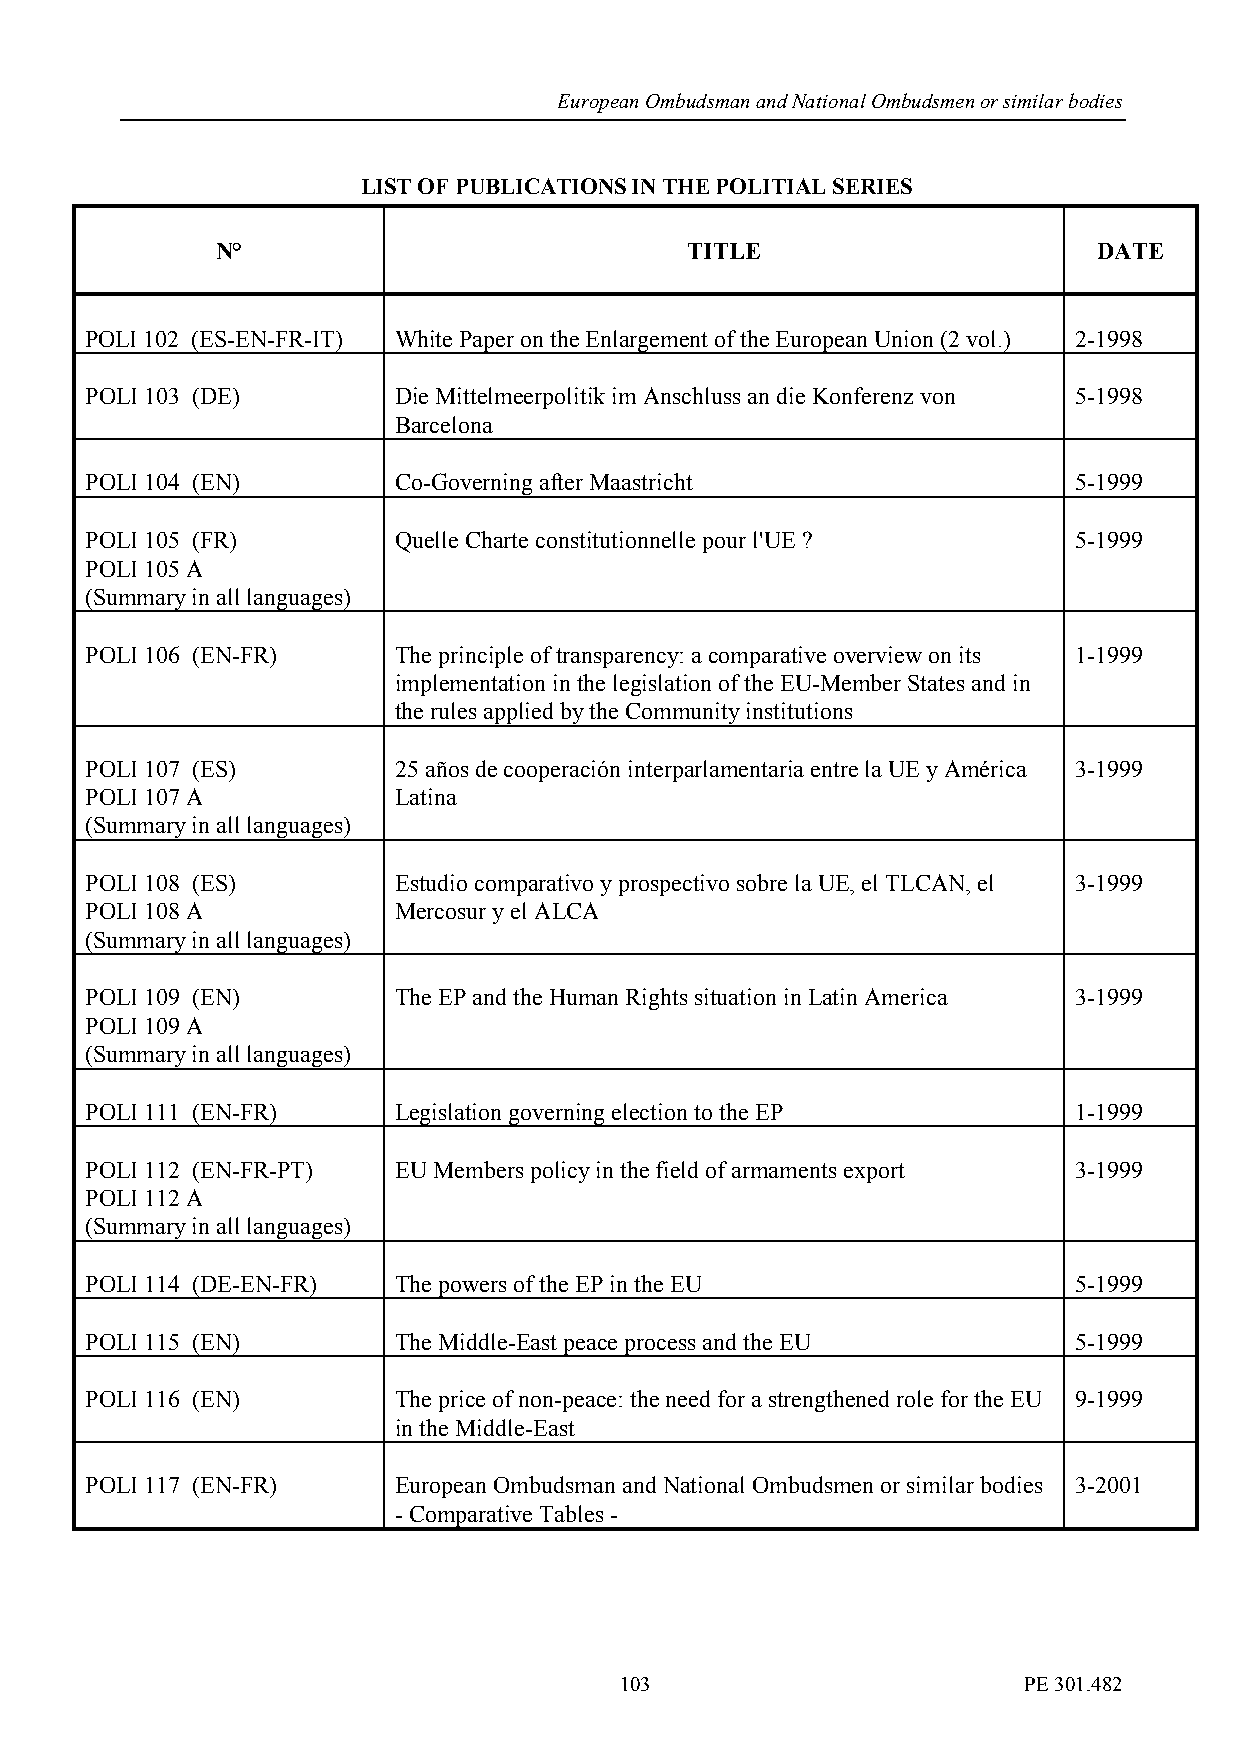
European Ombudsman and National Ombudsmen or similar bodies
 LIST OF PUBLICATIONS IN THE POLITIAL SERIES
 N°                             TITLE                       DATE
 POLI 102 (ES-EN-FR-IT) White Paper on the Enlargement of the European Union (2 vol.) 2-1998
 POLI 103 (DE)       Die Mittelmeerpolitik im Anschluss an die Konferenz von 5-1998
 Barcelona
 POLI 104 (EN)       Co-Governing after Maastricht                5-1999
 POLI 105 (FR)       Quelle Charte constitutionnelle pour l'UE ?  5-1999
 POLI 105 A
 (Summary in all languages)
 POLI 106 (EN-FR)    The principle of transparency: a comparative overview on its 1-1999
 implementation in the legislation of the EU-Member States and in
 the rules applied by the Community institutions
 POLI 107 (ES)       25 años de cooperación interparlamentaria entre la UE y América 3-1999
 POLI 107 A          Latina
 (Summary in all languages)
 POLI 108 (ES)       Estudio comparativo y prospectivo sobre la UE, el TLCAN, el 3-1999
 POLI 108 A          Mercosur y el ALCA
 (Summary in all languages)
 POLI 109 (EN)       The EP and the Human Rights situation in Latin America 3-1999
 POLI 109 A
 (Summary in all languages)
 POLI 111 (EN-FR)    Legislation governing election to the EP     1-1999
 POLI 112 (EN-FR-PT) EU Members policy in the field of armaments export 3-1999
 POLI 112 A
 (Summary in all languages)
 POLI 114 (DE-EN-FR) The powers of the EP in the EU               5-1999
 POLI 115 (EN)       The Middle-East peace process and the EU     5-1999
 POLI 116 (EN)       The price of non-peace: the need for a strengthened role for the EU 9-1999
 in the Middle-East
 POLI 117 (EN-FR)    European Ombudsman and National Ombudsmen or similar bodies 3-2001
 - Comparative Tables -
 103                        PE 301.482